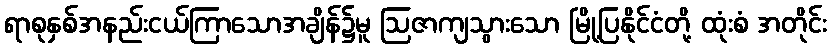
ရာစုနှစ်အနည်းငယ်ကြာသောအချိန်၌မူ ဩဇာကျသွားသော မြို့ပြနိုင်ငံတို့ ထုံးစံ အတိုင်း